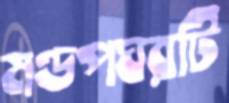
মণ্ডপঘরটি